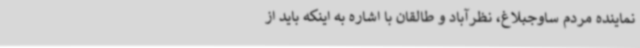
نماینده مردم ساوجبلاغ، نظرآباد و طالقان با اشاره به اینکه باید از